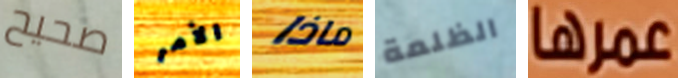
صحيح الأمر ماذا الظلمة عمرها